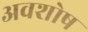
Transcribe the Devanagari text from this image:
अवशोष